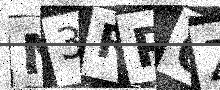
Text: M3RP6Z